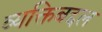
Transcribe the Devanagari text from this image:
व्यक्तिबद्दल